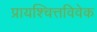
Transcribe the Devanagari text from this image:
प्रायश्चित्तविवेक